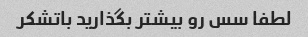
لطفا سس رو بیشتر بگذارید باتشکر